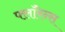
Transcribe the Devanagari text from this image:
फ्लाॅरेन्स